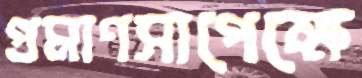
প্রমাণসাপেক্ষে